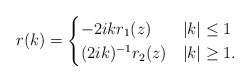
\begin{align*}r(k)=\begin{cases}-2ik r_1(z) & |k| \leq 1 \\(2ik)^{-1} r_2(z) & |k| \geq 1.\end{cases}\end{align*}